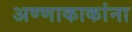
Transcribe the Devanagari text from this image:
अण्णाकाकांना